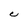
Character: C